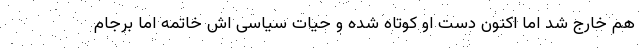
هم خارج شد اما اکنون دست او کوتاه شده و حیات سیاسی اش خاتمه اما برجام